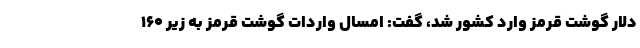
دلار گوشت قرمز وارد کشور شد، گفت: امسال واردات گوشت قرمز به زیر ۱۶۰